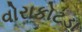
વોરાકોટડા